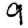
Digit: 9